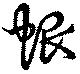
蜋